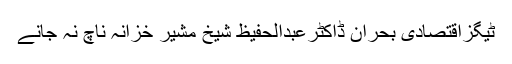
ٹیگزاقتصادی بحران ڈاکٹرعبدالحفیظ شیخ مشیرِ خزانہ ناچ نہ جانے